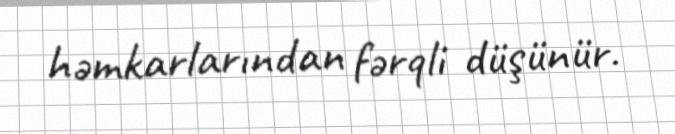
həmkarlarından fərqli düşünür.